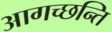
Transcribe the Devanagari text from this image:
आगच्छन्ति